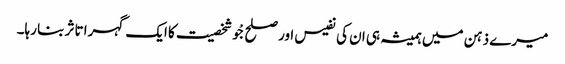
میرے ذہن میں ہمیشہ ہی ان کی نفیس اور صلح جْو شخصیت کا ایک گہرا تاثر بنا رہا۔